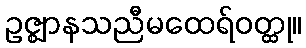
ဥဇ္ဈာနသညီမထေရ်ဝတ္ထု။